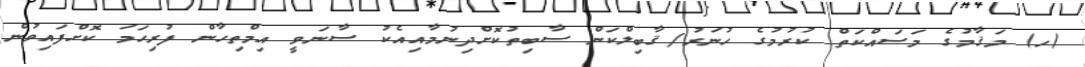
(ހ) މަޤާމުގެ މަސައްކަތް ކުރުމުގެ ހުނަރު/ޤާބިލްކަން ސާބިތުކޮށްދިނުމާއިއެކު ސާނަވީ އިމްތިހާން ފުރިހަމަ ކޮށްފައިވުން